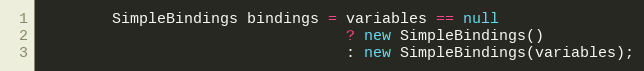
Language: Java
        SimpleBindings bindings = variables == null
                                  ? new SimpleBindings()
                                  : new SimpleBindings(variables);